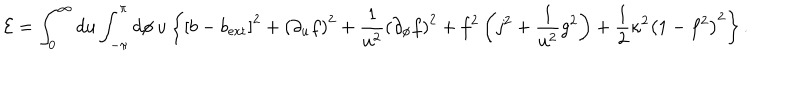
LaTeX: { \cal E } = \int _ { 0 } ^ { \infty } d u \int _ { - \pi } ^ { \pi } d \phi \, u \left\{ \left[ b - b _ { \mathrm { e x t } } \right] ^ { 2 } + \left( \partial _ { u } f \right) ^ { 2 } + \frac { 1 } { u ^ { 2 } } \left( \partial _ { \phi } f \right) ^ { 2 } + f ^ { 2 } \left( j ^ { 2 } + \frac { 1 } { u ^ { 2 } } g ^ { 2 } \right) + \frac { 1 } { 2 } \kappa ^ { 2 } \left( 1 - f ^ { 2 } \right) ^ { 2 } \right\} .